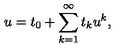
u = t _ { 0 } + \sum _ { k = 1 } ^ { \infty } t _ { k } u ^ { k } ,